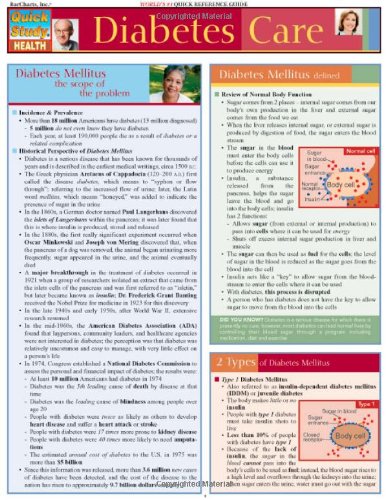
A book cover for Diabetes Care (Quickstudy: Health); Inc. BarCharts; Health, Fitness & Dieting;